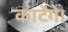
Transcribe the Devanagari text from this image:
काटेंगे।